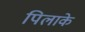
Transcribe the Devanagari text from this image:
पिलाके